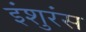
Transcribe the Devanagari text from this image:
इंशुरंस